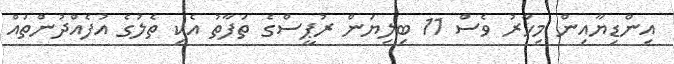
އިންޑިޔާއިން މިހާރު ވެސް 11 ބިލިޔަން ރުޕީސްގެ ތަފާތު އެކި ތެލުގެ އުފެއްދުންތައް